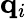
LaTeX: {\mathbf q}_{i}